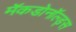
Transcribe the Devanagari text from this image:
मॅकडोनॉल्ड्स